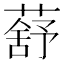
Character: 𦺗